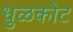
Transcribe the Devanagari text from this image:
धुळकोट